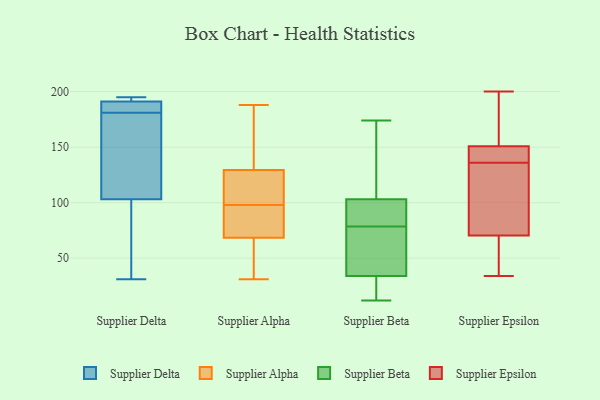
{"axis": {"x": "Waste Production (Tons)", "y": "Value"}, "legend": ["Supplier Alpha", "Supplier Beta", "Supplier Delta", "Supplier Epsilon"], "data": [{"x": "", "y": 31, "type": "Supplier Delta"}, {"x": "", "y": 173, "type": "Supplier Delta"}, {"x": "", "y": 195, "type": "Supplier Delta"}, {"x": "", "y": 180, "type": "Supplier Delta"}, {"x": "", "y": 192, "type": "Supplier Delta"}, {"x": "", "y": 188, "type": "Supplier Delta"}, {"x": "", "y": 89, "type": "Supplier Delta"}, {"x": "", "y": 103, "type": "Supplier Delta"}, {"x": "", "y": 191, "type": "Supplier Delta"}, {"x": "", "y": 182, "type": "Supplier Delta"}, {"x": "", "y": 117, "type": "Supplier Alpha"}, {"x": "", "y": 130, "type": "Supplier Alpha"}, {"x": "", "y": 113, "type": "Supplier Alpha"}, {"x": "", "y": 86, "type": "Supplier Alpha"}, {"x": "", "y": 97, "type": "Supplier Alpha"}, {"x": "", "y": 140, "type": "Supplier Alpha"}, {"x": "", "y": 31, "type": "Supplier Alpha"}, {"x": "", "y": 188, "type": "Supplier Alpha"}, {"x": "", "y": 129, "type": "Supplier Alpha"}, {"x": "", "y": 138, "type": "Supplier Alpha"}, {"x": "", "y": 73, "type": "Supplier Alpha"}, {"x": "", "y": 31, "type": "Supplier Alpha"}, {"x": "", "y": 122, "type": "Supplier Alpha"}, {"x": "", "y": 82, "type": "Supplier Alpha"}, {"x": "", "y": 73, "type": "Supplier Alpha"}, {"x": "", "y": 64, "type": "Supplier Alpha"}, {"x": "", "y": 99, "type": "Supplier Alpha"}, {"x": "", "y": 37, "type": "Supplier Alpha"}, {"x": "", "y": 153, "type": "Supplier Alpha"}, {"x": "", "y": 63, "type": "Supplier Alpha"}, {"x": "", "y": 93, "type": "Supplier Beta"}, {"x": "", "y": 45, "type": "Supplier Beta"}, {"x": "", "y": 34, "type": "Supplier Beta"}, {"x": "", "y": 64, "type": "Supplier Beta"}, {"x": "", "y": 103, "type": "Supplier Beta"}, {"x": "", "y": 107, "type": "Supplier Beta"}, {"x": "", "y": 100, "type": "Supplier Beta"}, {"x": "", "y": 12, "type": "Supplier Beta"}, {"x": "", "y": 24, "type": "Supplier Beta"}, {"x": "", "y": 174, "type": "Supplier Beta"}, {"x": "", "y": 55, "type": "Supplier Epsilon"}, {"x": "", "y": 63, "type": "Supplier Epsilon"}, {"x": "", "y": 194, "type": "Supplier Epsilon"}, {"x": "", "y": 136, "type": "Supplier Epsilon"}, {"x": "", "y": 200, "type": "Supplier Epsilon"}, {"x": "", "y": 143, "type": "Supplier Epsilon"}, {"x": "", "y": 45, "type": "Supplier Epsilon"}, {"x": "", "y": 150, "type": "Supplier Epsilon"}, {"x": "", "y": 69, "type": "Supplier Epsilon"}, {"x": "", "y": 34, "type": "Supplier Epsilon"}, {"x": "", "y": 102, "type": "Supplier Epsilon"}, {"x": "", "y": 137, "type": "Supplier Epsilon"}, {"x": "", "y": 123, "type": "Supplier Epsilon"}, {"x": "", "y": 181, "type": "Supplier Epsilon"}, {"x": "", "y": 136, "type": "Supplier Epsilon"}, {"x": "", "y": 151, "type": "Supplier Epsilon"}, {"x": "", "y": 88, "type": "Supplier Epsilon"}, {"x": "", "y": 75, "type": "Supplier Epsilon"}, {"x": "", "y": 184, "type": "Supplier Epsilon"}]}